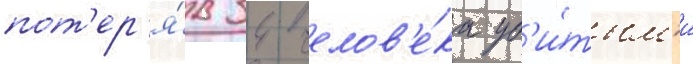
пот'ер'я́в 34 челов'е́ка уб'и́тым'и